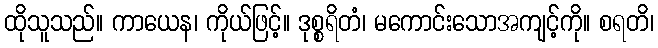
ထိုသူသည်။ ကာယေန၊ ကိုယ်ဖြင့်။ ဒုစ္စရိတံ၊ မကောင်းသောအကျင့်ကို။ စရတိ၊